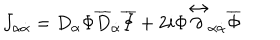
LaTeX: J _ { \alpha \dot { \alpha } } = D _ { \alpha } \Phi \overline { { { D } } } _ { \dot { \alpha } } \overline { { { \Phi } } } + 2 i \Phi { \stackrel { \leftrightarrow } { \partial } } _ { \alpha \dot { \alpha } } \overline { { { \Phi } } }